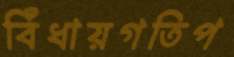
বিঁধায়গতিপ